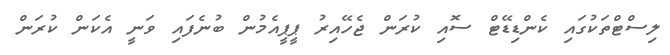
ލިސްޓްތަކުގައި ކެންޑިޑޭޓް ސޮއި ކުރަން ޖެހޭއިރު ޕީޕީއެމުން ބުނެފައި ވަނީ އެކަން ކުރަން